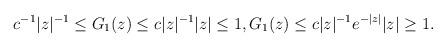
LaTeX: \begin{align*} c^{-1} |z|^{-1}\leq G_1(z)\leq c |z|^{-1} |z|\leq 1, G_1(z)\leq c |z|^{-1}e^{-|z|} |z|\geq 1.\end{align*}